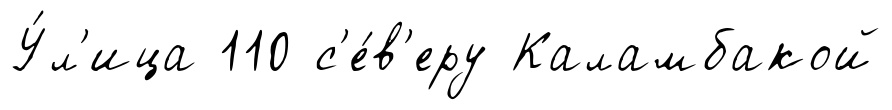
У́л'ица 110 с'е́в'еру Каламбакой